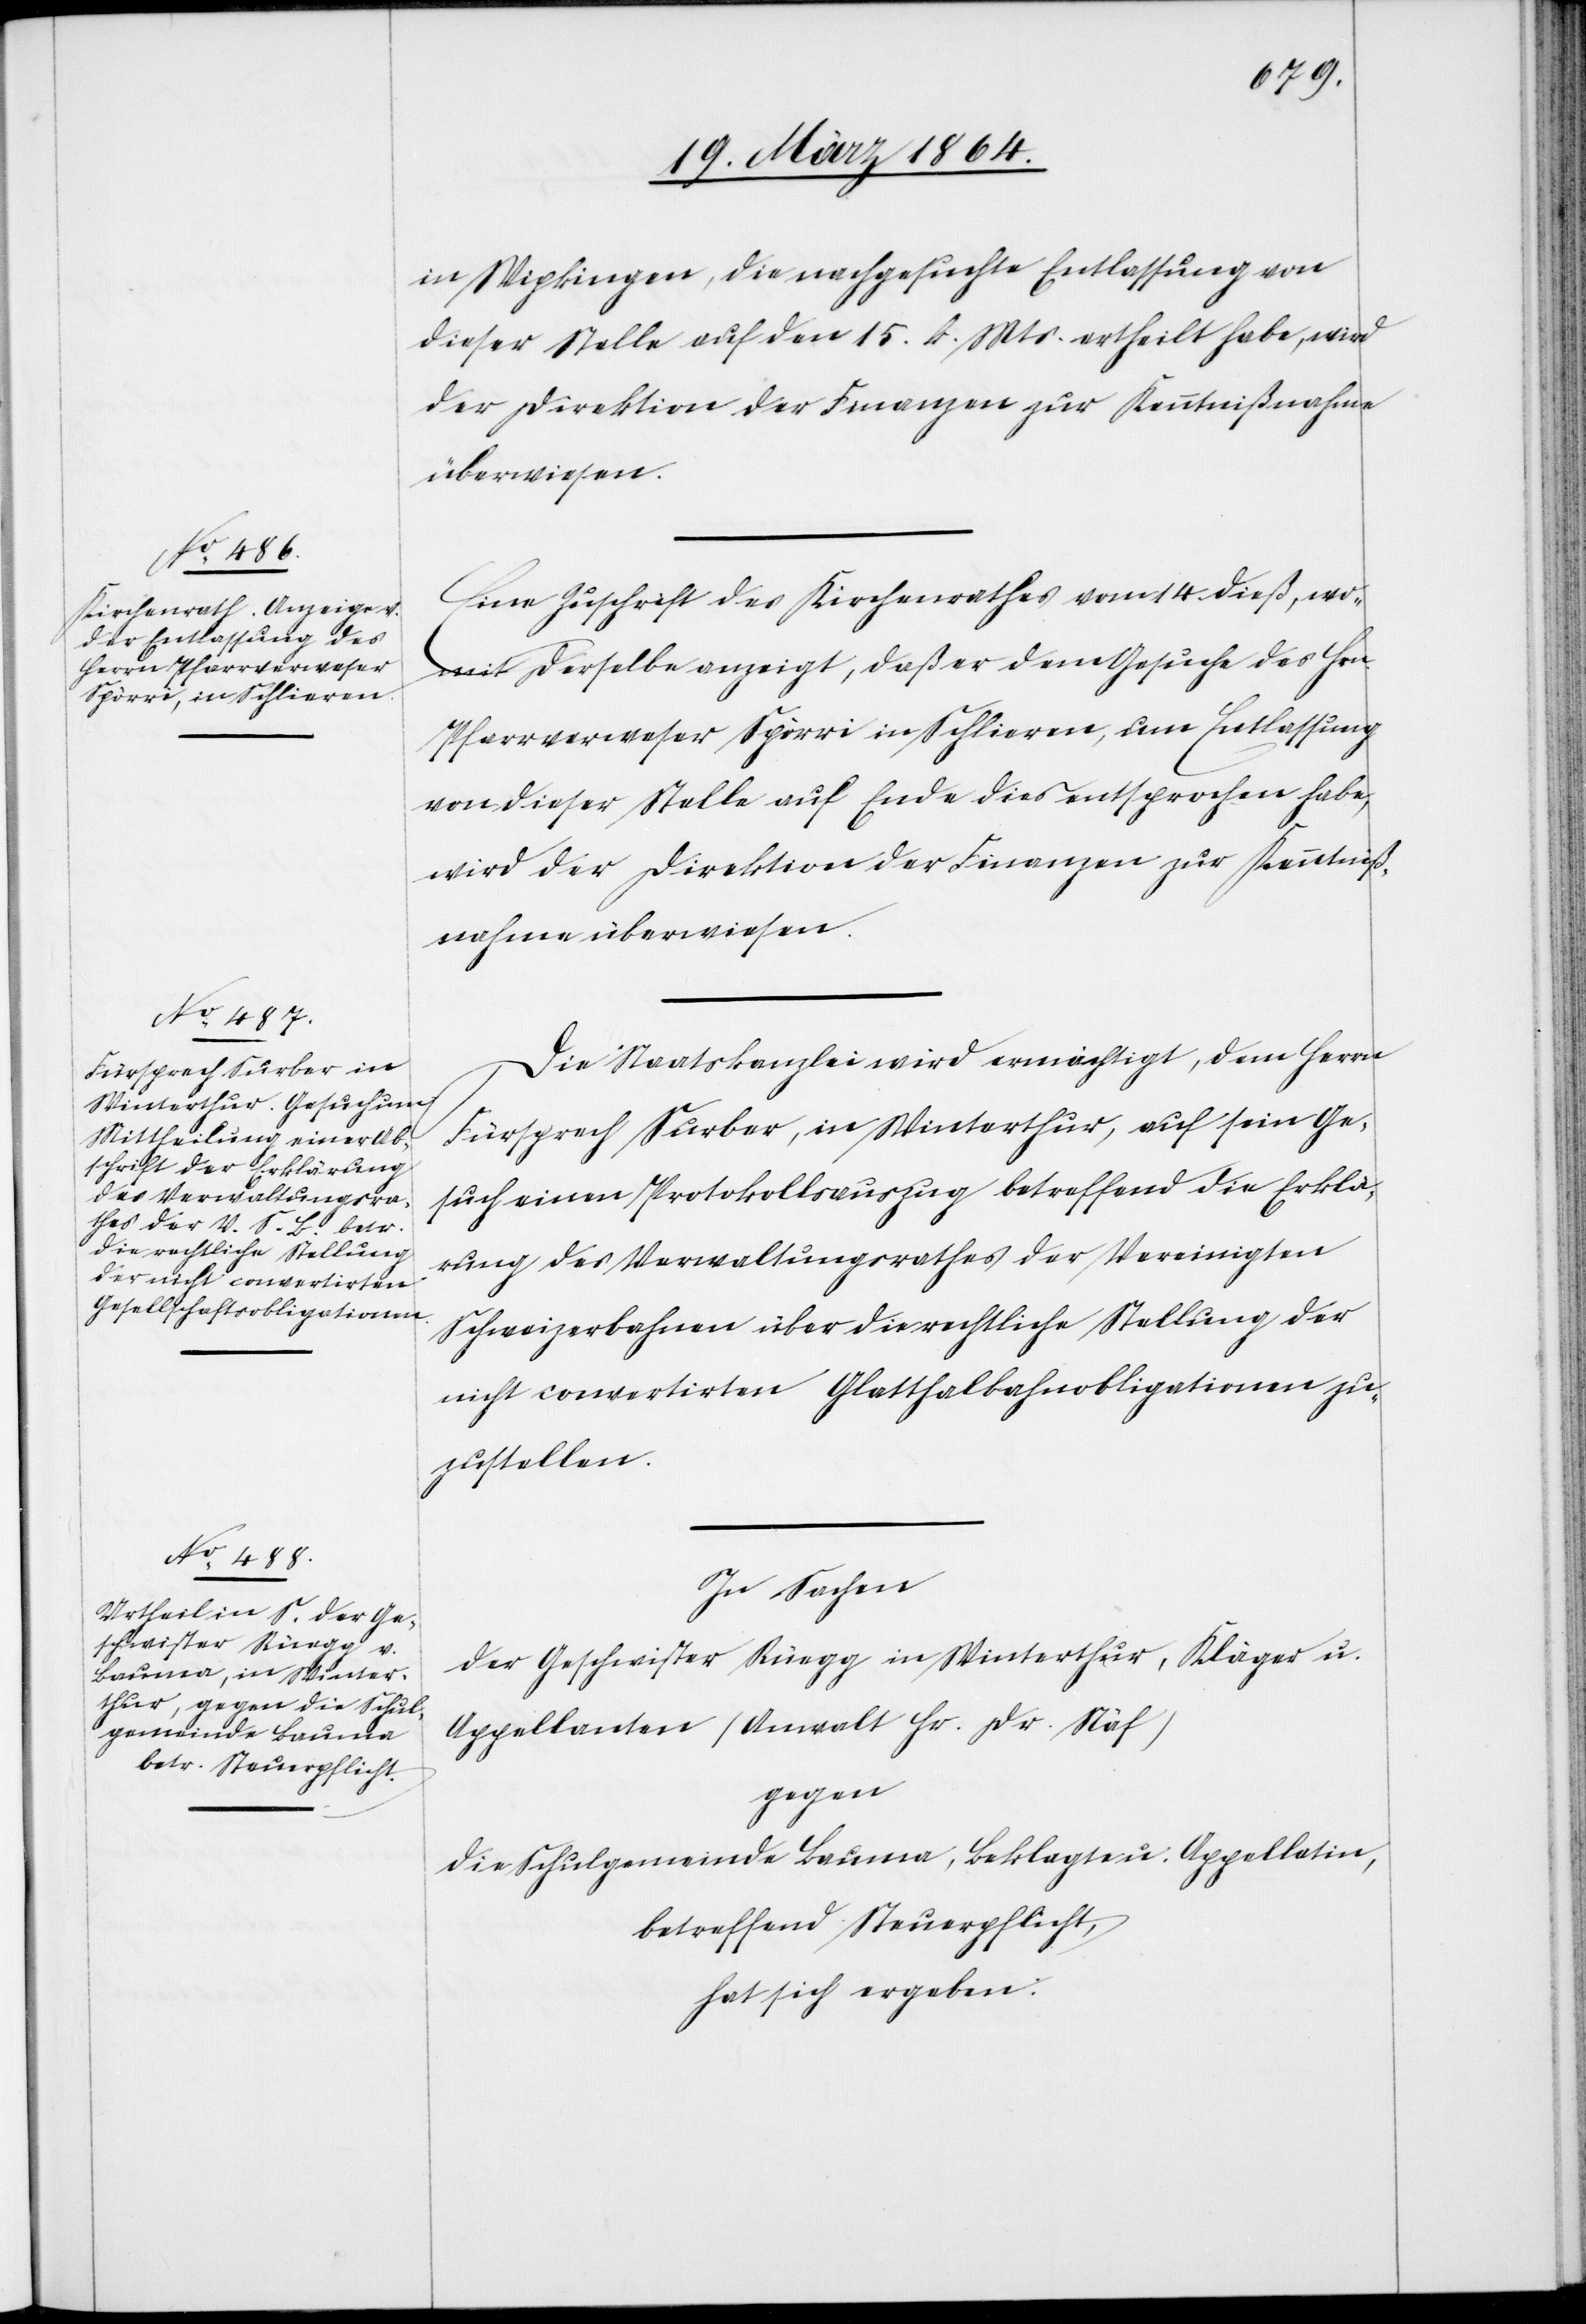
in Wipkingen, die nachgesuchte Entlassung von
dieser Stelle auf den 15. k. Mts. ertheilt habe, wird
der Direktion der Finanzen zur Kenntnißnahme
überwiesen.
Eine Zuschrift des Kirchenrathes vom 14. dieß, wo¬
mit derselbe anzeigt, daß er dem Gesuche des Hrn.
Pfarrverweser Spörri in Schlieren, um Entlassung
von dieser Stelle auf Ende dies entsprochen habe,
wird der Direktion der Finanzen zur Kenntniß¬
nahme überwiesen.
Die Staatskanzlei wird ermächtigt, dem Herrn
Fürsprech Surber, in Winterthur, auf sein Ge¬
such einen Protokollauszug betreffend die Erklä¬
rung des Verwaltungsrathes der Vereinigten
Schweizerbahnen über die rechtliche Stellung der
nicht convertirten Glatthalbahnobligationen zu¬
zustellen.
In Sachen
der Geschwister Rüegg in Winterthur, Kläger u.
Appellanten (Anwalt Hr. Dr. Näf)
gegen
die Schulgemeinde Bauma, Beklagte u. Appellatin,
betreffend Steuerpflicht,
hat sich ergeben: